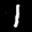
Label: 1